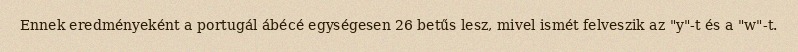
Ennek eredményeként a portugál ábécé egységesen 26 betűs lesz, mivel ismét felveszik az "y"-t és a "w"-t.